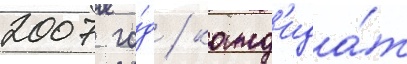
2007 го́д / канд'ида́т